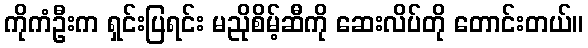
ကိုကံဦးက ရှင်းပြရင်း မညိုစိမ့်ဆီကို ဆေးလိပ်တို တောင်းတယ်။